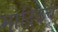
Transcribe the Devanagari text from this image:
माद्रिदचे